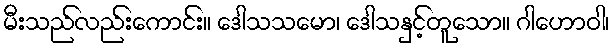
မီးသည်လည်းကောင်း။ ဒေါသသမော၊ ဒေါသနှင့်တူသော။ ဂါဟောဝါ၊